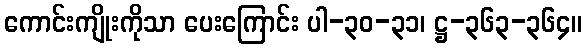
ကောင်းကျိုးကိုသာ ပေးကြောင်း ပါ-၃၀-၃၁၊ ဋ္ဌ-၃၆၃-၃၆၄။